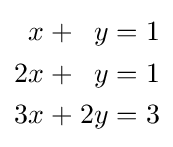
{\begin{alignedat}{7}x&&\;+\;&&y&&\;=\;&&1&\\2x&&\;+\;&&y&&\;=\;&&1&\\3x&&\;+\;&&2y&&\;=\;&&3&\end{alignedat}}